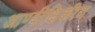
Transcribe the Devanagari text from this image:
आण्वीक्षिकीय